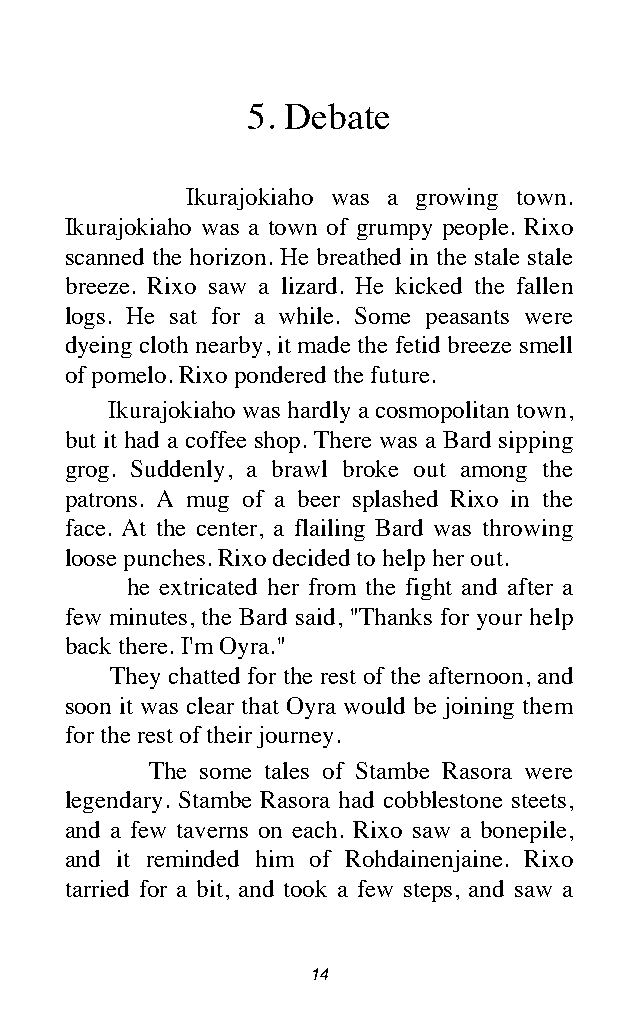
5. Debate
 Ikurajokiaho was a growing town.
 Ikurajokiaho was a town of grumpy people. Rixo
 scanned the horizon. He breathed in the stale stale
 breeze. Rixo saw a lizard. He kicked the fallen
 logs. He sat for a while. Some peasants were
 dyeing cloth nearby, it made the fetid breeze smell
 of pomelo. Rixo pondered the future.
 Ikurajokiaho was hardly a cosmopolitan town,
 but it had a coffee shop. There was a Bard sipping
 grog. Suddenly, a brawl broke out among the
 patrons. A mug of a beer splashed Rixo in the
 face. At the center, a flailing Bard was throwing
 loose punches. Rixo decided to help her out.
 he extricated her from the fight and after a
 few minutes, the Bard said, "Thanks for your help
 back there. I'm Oyra."
 They chatted for the rest of the afternoon, and
 soon it was clear that Oyra would be joining them
 for the rest of their journey.
 The some tales of Stambe Rasora were
 legendary. Stambe Rasora had cobblestone steets,
 and a few taverns on each. Rixo saw a bonepile,
 and it reminded him of Rohdainenjaine. Rixo
 tarried for a bit, and took a few steps, and saw a
 14